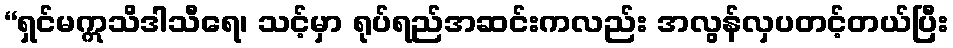
“ရှင်မဣသိဒါသီရေ၊ သင့်မှာ ရုပ်ရည်အဆင်းကလည်း အလွန်လှပတင့်တယ်ပြီး